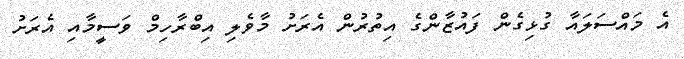
އެ މައްސަލައާ ގުޅިގެން ފައުޒާންގެ އިތުރުން އެރަށު މާވެލި އިބްރާހިމް ވަސީމާއި އެރަށު